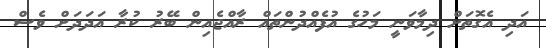
އަދި އެގޮތަށް ދިމާވަނީ މަހުގެ އުފެއްދުންތައް ރާއްޖެއިން ބޭރު ކުރާ އަދަދަށް ވެސް